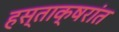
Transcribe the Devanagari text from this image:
हस्ताक्षरांत